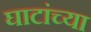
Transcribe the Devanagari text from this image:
घाटांच्या